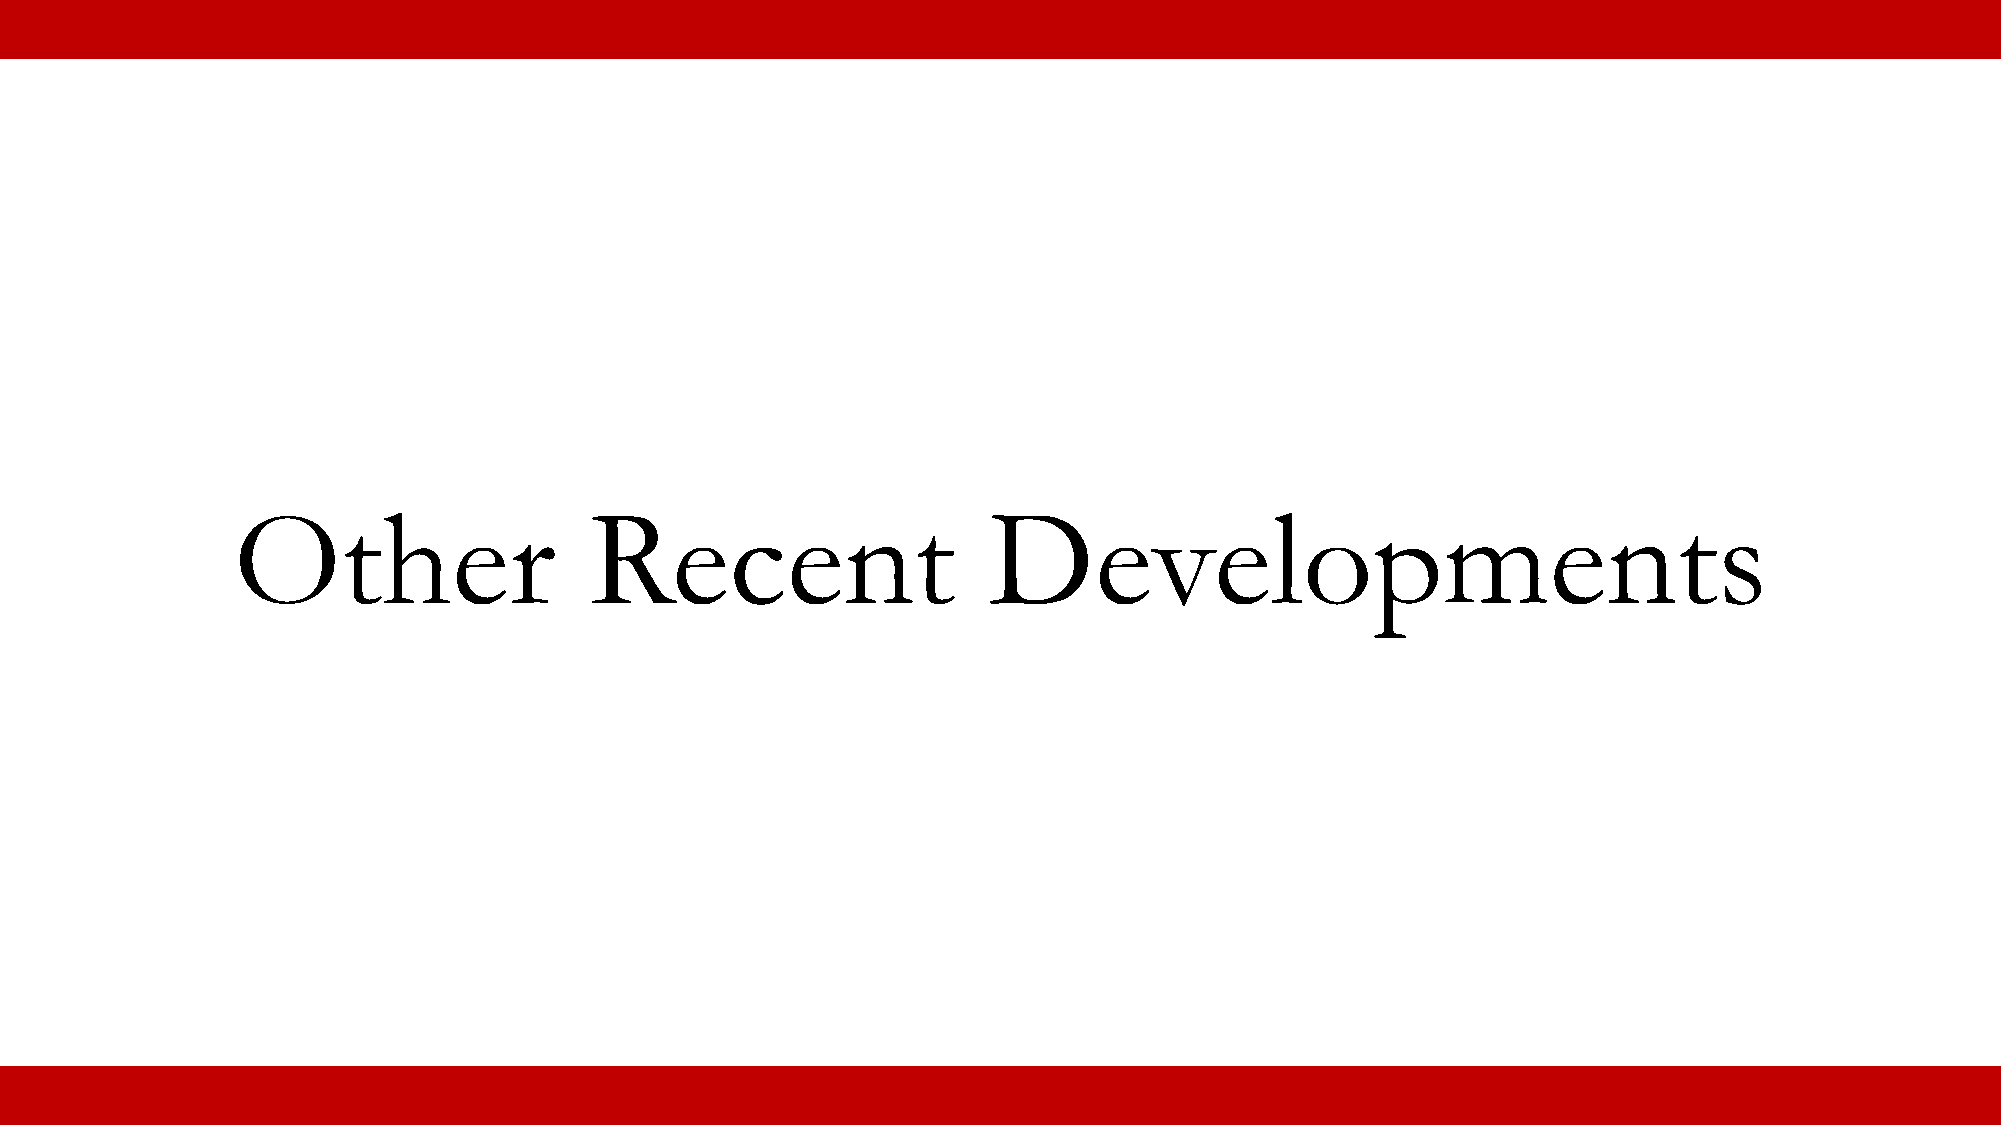
Other                   Recent                    Developments